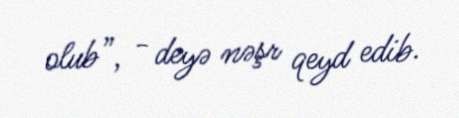
olub”, - deyə nəşr qeyd edib.